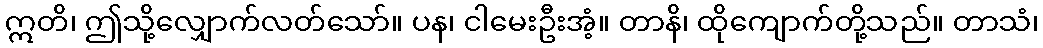
ဣတိ၊ ဤသို့လျှောက်လတ်သော်။ ပန၊ ငါမေးဦးအံ့။ တာနိ၊ ထိုကျောက်တို့သည်။ တာသံ၊